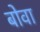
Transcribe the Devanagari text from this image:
बोवा